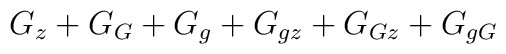
G_z + G_G + G_g + G_{gz} + G_{Gz} + G_{gG}